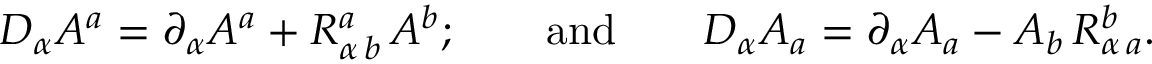
D _ { \alpha } A ^ { a } = \partial _ { \alpha } A ^ { a } + R _ { \alpha \, b } ^ { a } \, A ^ { b } ; \qquad \mathrm { a n d } \qquad D _ { \alpha } A _ { a } = \partial _ { \alpha } A _ { a } - A _ { b } \, R _ { \alpha \, a } ^ { b } .